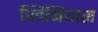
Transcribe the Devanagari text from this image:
प्लिनियास